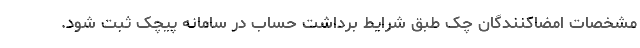
مشخصات امضاکنندگان چک طبق شرایط برداشت حساب در سامانه پیچک ثبت شود.